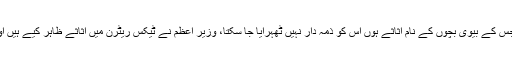
نیب قوانین کے مطابق ایسا شخص جس کے بیوی بچوں کے نام اثاثے ہوں اس کو ذمہ دار نہیں ٹھہرایا جا سکتا، وزیر اعظم نے ٹیکس ریٹرن میں اثاثے ظاہر کیے ہیں اور انہوں نے کوئی اثاثہ نہیں چھپایا۔